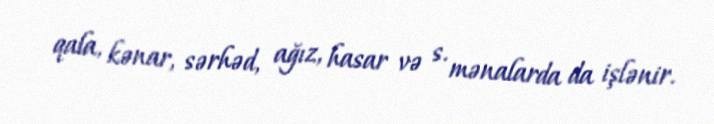
qala, kənar, sərhəd, ağız, hasar və s. mənalarda da işlənir.